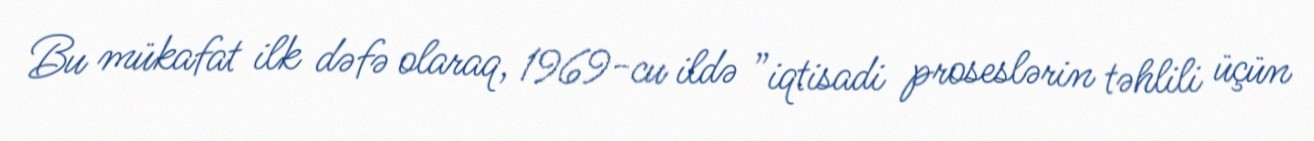
Bu mükafat ilk dəfə olaraq, 1969-cu ildə ”iqtisadi proseslərin təhlili üçün